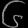
Digit: ၆